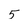
Character: 5